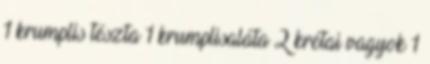
1 krumplis tészta 1 krumplisaláta 2 krétai vagyok 1